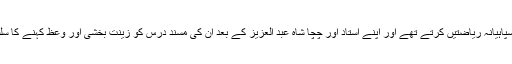
ایک طرف یہ سپاہیانہ ریاضتیں کرتے تھے اور اپنے استاد اور چچا شاہ عبد العزیزؒ کے بعد ان کی مسند درس کو زینت بخشی اور وعظ کہنے کا سلسلہ شروع کیا۔